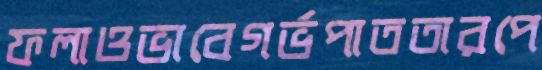
ফলাওভাবেগর্ভপাততারপে